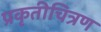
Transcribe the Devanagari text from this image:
प्रकृतीचित्रण